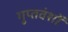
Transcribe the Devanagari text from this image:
गुप्तवंशों